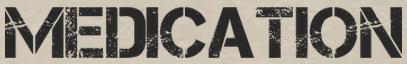
MEDICATION